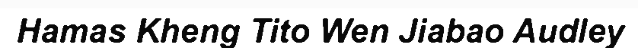
Hamas Kheng Tito Wen Jiabao Audley